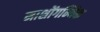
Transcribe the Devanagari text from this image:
माशोंगन्यिक